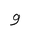
Letter: _waw